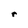
Character: r